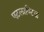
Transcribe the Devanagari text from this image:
एटलाण्टिक